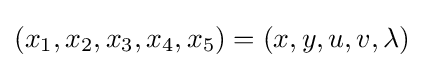
(x_{1},x_{2},x_{3},x_{4},x_{5})=(x,y,u,v,\lambda )